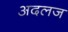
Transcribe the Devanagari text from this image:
अदलज